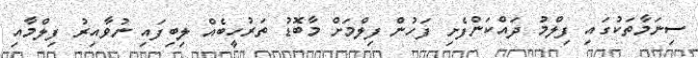
ސިނަމާތަކުގައި ފިލްމު ދައްކަންފެށި ފަހުން ފިލްމަށް މާބޮޑު ތަރުހީބެއް ލިބިފައި ނުވާއިރު ފިލްމާއި